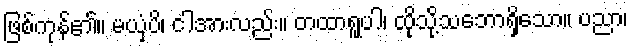
ဖြစ်ကုန်၏။ မယှံပိ၊ ငါအားလည်း။ တထာရူပါ၊ ထိုသို့သဘောရှိသော။ ပညာ၊